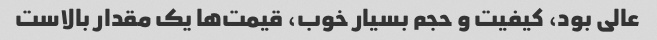
عالی بود، کیفیت و حجم بسیار خوب، قیمت‌ها یک مقدار بالاست